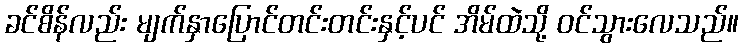
ခင်စိန်လည်း မျက်နှာပြောင်တင်းတင်းနှင့်ပင် အိမ်ထဲသို့ ဝင်သွားလေသည်။